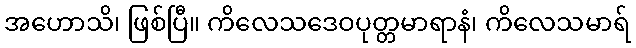
အဟောသိ၊ ဖြစ်ပြီ။ ကိလေသဒေဝပုတ္တမာရာနံ၊ ကိလေသမာရ်